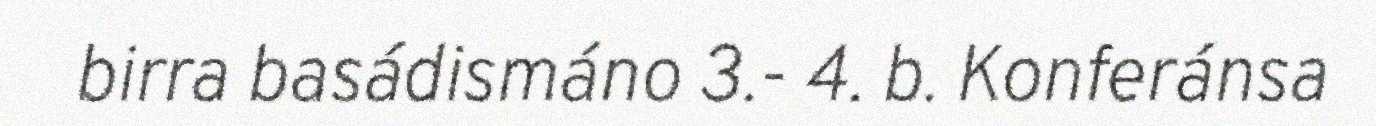
birra basádismáno 3.- 4. b. Konferánsa